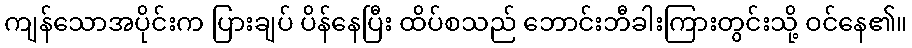
ကျန်သောအပိုင်းက ပြားချပ် ပိန်နေပြီး ထိပ်စသည် ဘောင်းဘီခါးကြားတွင်းသို့ ဝင်နေ၏။